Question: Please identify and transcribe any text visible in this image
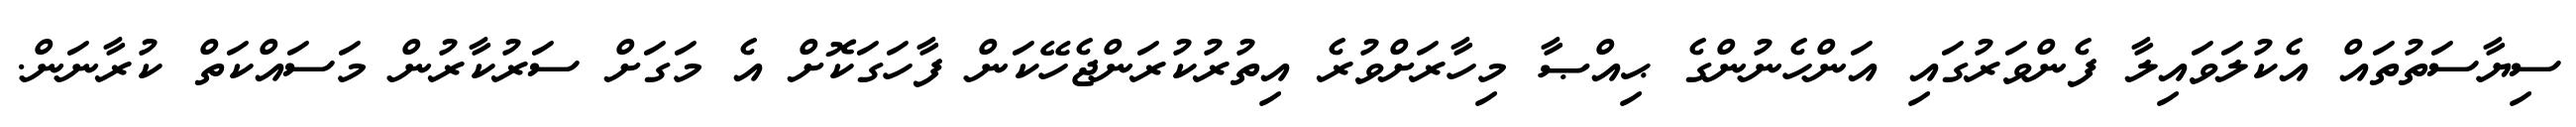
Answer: ސިޔާސަތުތައް އެކުލަވައިލާ ފެންވަރުގައި އަންހެނުންގެ ޙިއްޞާ މިހާރަށްވުރެ އިތުރުކުރަންޖެހޭކަން ފާހަގަކޮށް އެ މަގަށް ސަރުކާރުން މަސައްކަތް ކުރާނަން.